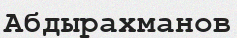
Абдырахманов